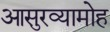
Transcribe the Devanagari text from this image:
आसुरव्यामोह